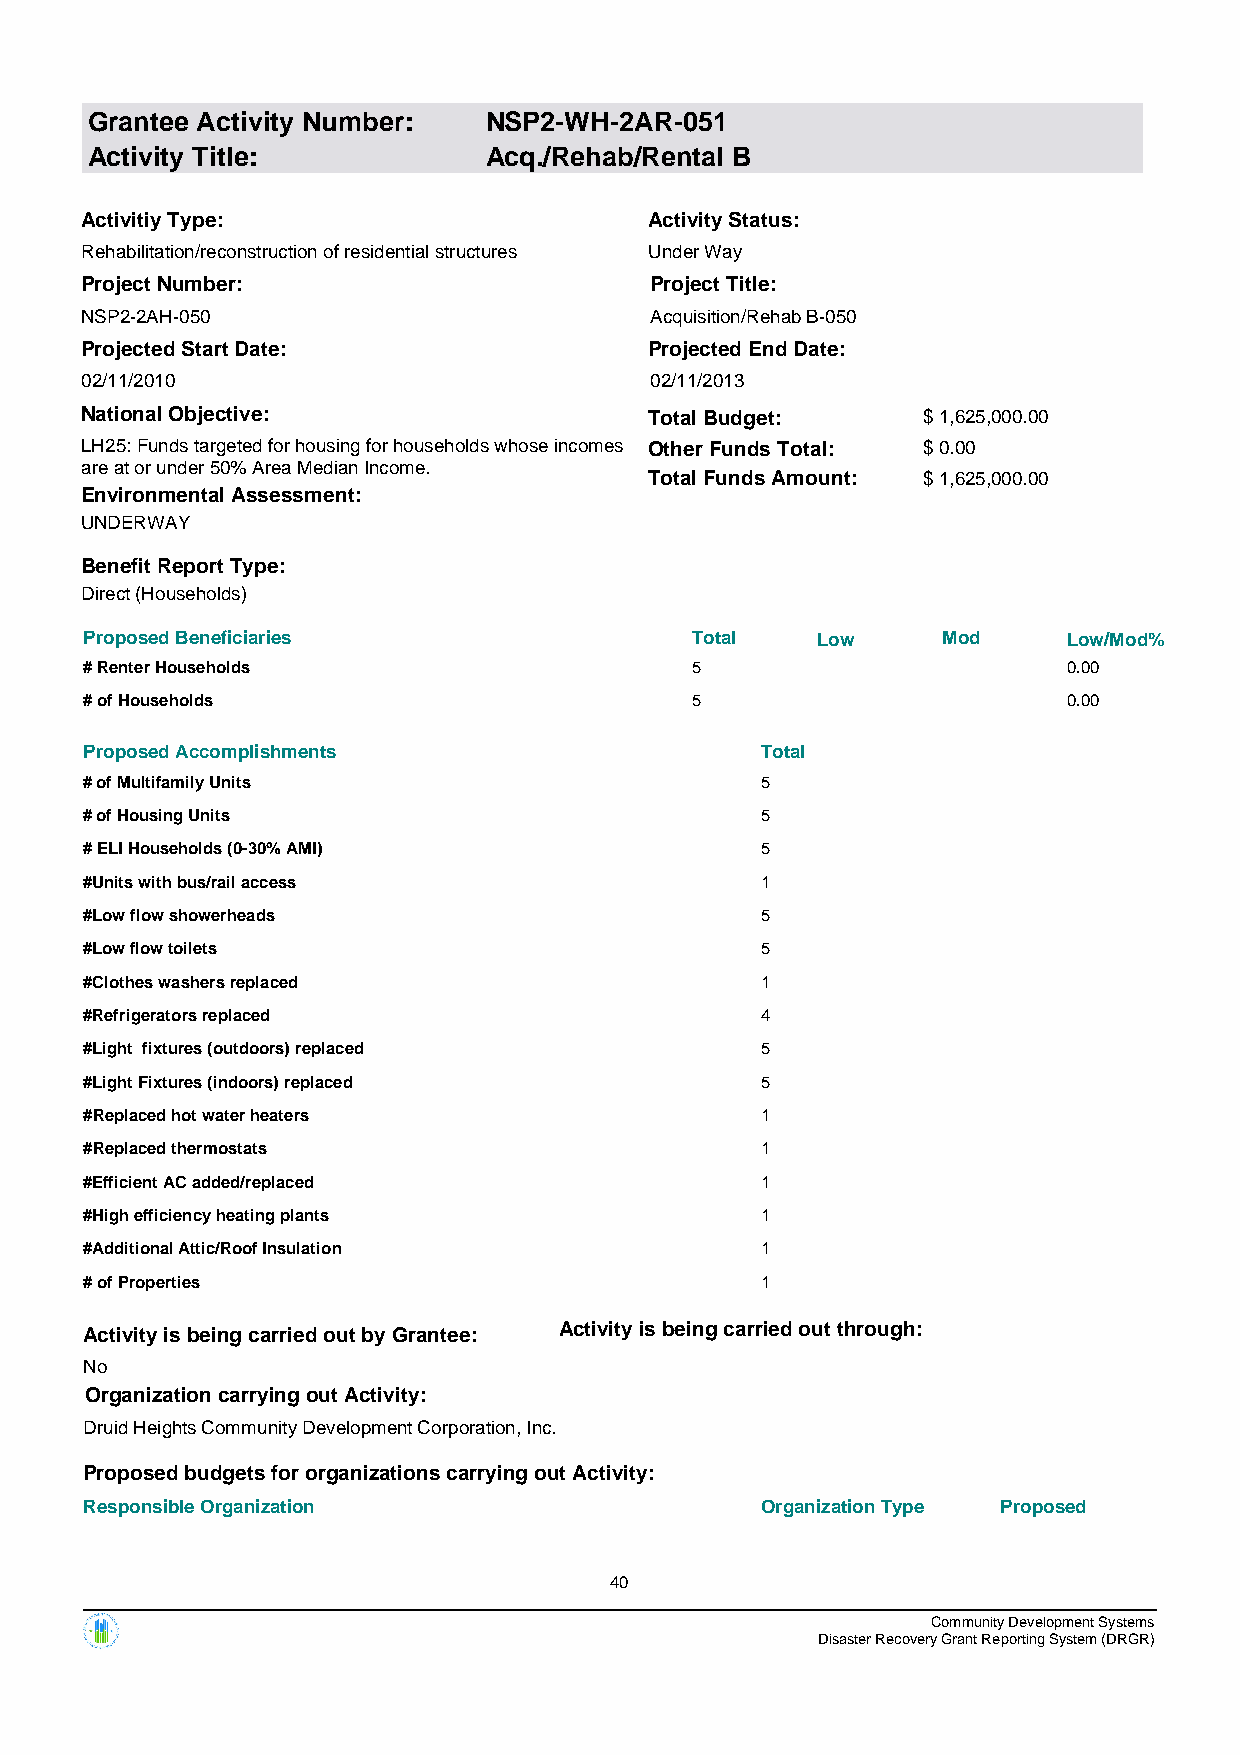
Grantee Activity Number:  NSP2-WH-2AR-051
 Activity Title:           Acq./Rehab/Rental B
 Activitiy Type:                       Activity Status:
 Rehabilitation/reconstruction of residential structures Under Way
 Project Number:                       Project Title:
 NSP2-2AH-050                          Acquisition/Rehab B-050
 Projected Start Date:                 Projected End Date:
 02/11/2010                            02/11/2013
 National Objective:                   Total Budget:     $ 1,625,000.00
 LH25: Funds targeted for housing for households whose incomes Other Funds Total: $ 0.00
 are at or under 50% Area Median Income.
 Total Funds Amount: $ 1,625,000.00
 Environmental Assessment:
 UNDERWAY
 Benefit Report Type:
 Direct (Households)
 Proposed Beneficiaries                  Total   Low     Mod      Low/Mod%
 # Renter Households                     5                        0.00
 # of Households                         5                        0.00
 Proposed Accomplishments                    Total
 # of Multifamily Units                      5
 # of Housing Units                          5
 # ELI Households (0-30% AMI)                5
 #Units with bus/rail access                 1
 #Low flow showerheads                       5
 #Low flow toilets                           5
 #Clothes washers replaced                   1
 #Refrigerators replaced                     4
 #Light fixtures (outdoors) replaced         5
 #Light Fixtures (indoors) replaced          5
 #Replaced hot water heaters                 1
 #Replaced thermostats                       1
 #Efficient AC added/replaced                1
 #High efficiency heating plants             1
 #Additional Attic/Roof Insulation           1
 # of Properties                             1
 Activity is being carried out by Grantee: Activity is being carried out through:
 No
 Organization carrying out Activity:
 Druid Heights Community Development Corporation, Inc.
 Proposed budgets for organizations carrying out Activity:
 Responsible Organization                    Organization Type Proposed
 40
 Community Development Systems
 Disaster Recovery Grant Reporting System (DRGR)